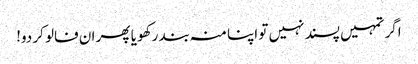
اگر تمہیں پسند نہیں تو اپنا منہ بند رکھو یا پھر ان فالو کر دو!